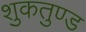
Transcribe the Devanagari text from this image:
शुकतुण्ड